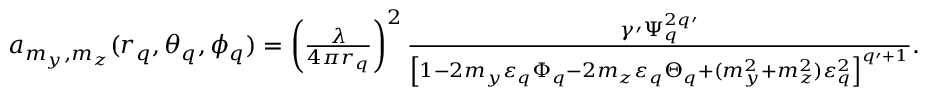
\begin{array} { r } { a _ { m _ { y } , m _ { z } } ( r _ { q } , \theta _ { q } , \phi _ { q } ) = \left( \frac { \lambda } { 4 \pi r _ { q } } \right) ^ { 2 } \frac { \gamma \prime \Psi _ { q } ^ { 2 q \prime } } { \left[ 1 - 2 m _ { y } \varepsilon _ { q } \Phi _ { q } - 2 m _ { z } \varepsilon _ { q } \Theta _ { q } + ( m _ { y } ^ { 2 } + m _ { z } ^ { 2 } ) \varepsilon _ { q } ^ { 2 } \right] ^ { q \prime + 1 } } . } \end{array}